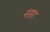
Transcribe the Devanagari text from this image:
साप्ता